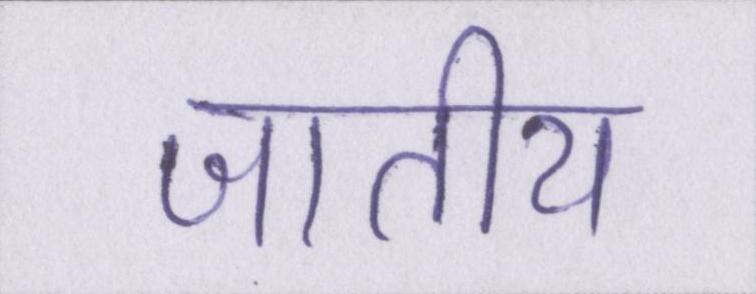
जातीय